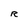
Character: R